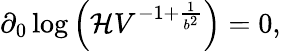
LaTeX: \partial_{0}\log\left({\cal H}V^{-1+{\frac{1}{b^{2}}}}\right)=0,